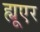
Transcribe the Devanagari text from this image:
ह्यूएर